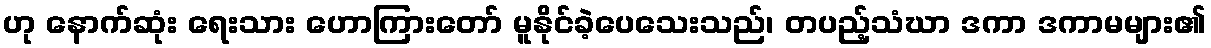
ဟု နောက်ဆုံး ရေးသား ဟောကြားတော် မူနိုင်ခဲ့ပေသေးသည်၊ တပည့်သံဃာ ဒကာ ဒကာမများ၏